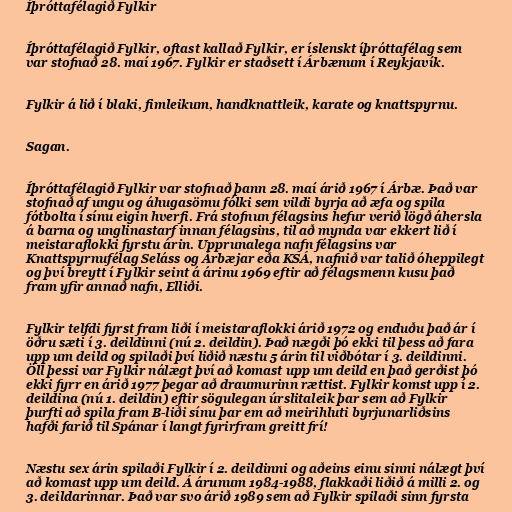
Íþróttafélagið Fylkir

Íþróttafélagið Fylkir, oftast kallað Fylkir, er íslenskt íþróttafélag sem
var stofnað 28. maí 1967. Fylkir er staðsett í Árbænum í Reykjavík.

Fylkir á lið í blaki, fimleikum, handknattleik, karate og knattspyrnu.

Sagan.

Íþróttafélagið Fylkir var stofnað þann 28. maí árið 1967 í Árbæ. Það var
stofnað af ungu og áhugasömu fólki sem vildi byrja að æfa og spila
fótbolta í sínu eigin hverfi. Frá stofnun félagsins hefur verið lögð áhersla
á barna og unglinastarf innan félagsins, til að mynda var ekkert lið í
meistaraflokki fyrstu árin. Upprunalega nafn félagsins var
Knattspyrnufélag Seláss og Árbæjar eða KSÁ, nafnið var talið óheppilegt
og því breytt í Fylkir seint á árinu 1969 eftir að félagsmenn kusu það
fram yfir annað nafn, Elliði.

Fylkir telfdi fyrst fram liði í meistaraflokki árið 1972 og enduðu það ár í
öðru sæti í 3. deildinni (nú 2. deildin). Það nægði þó ekki til þess að fara
upp um deild og spilaði því liðið næstu 5 árin til viðbótar í 3. deildinni.
Öll þessi var Fylkir nálægt því að komast upp um deild en það gerðist þó
ekki fyrr en árið 1977 þegar að draumurinn rættist. Fylkir komst upp í 2.
deildina (nú 1. deildin) eftir sögulegan úrslitaleik þar sem að Fylkir
þurfti að spila fram B-liði sínu þar em að meirihluti byrjunarliðsins
hafði farið til Spánar í langt fyrirfram greitt frí!

Næstu sex árin spilaði Fylkir í 2. deildinni og aðeins einu sinni nálægt því
að komast upp um deild. Á árunum 1984-1988, flakkaði liðið á milli 2. og
3. deildarinnar. Það var svo árið 1989 sem að Fylkir spilaði sinn fyrsta